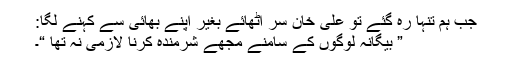
جب ہم تنہا رہ گئے تو علی خان سر اٹھائے بغیر اپنے بھائی سے کہنے لگا:
” بیگانہ لوگوں کے سامنے مجھے شرمندہ کرنا لازمی نہ تھا “۔